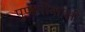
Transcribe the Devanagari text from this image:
पुण्डरीकाक्षो